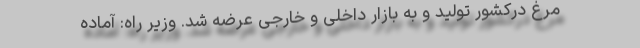
مرغ درکشور تولید و به بازار داخلی و خارجی عرضه شد. وزیر راه: آماده